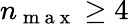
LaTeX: n_{\mathrm{~m~a~x~}}\geq 4